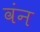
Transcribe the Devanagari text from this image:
वंन